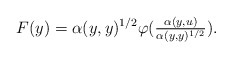
\begin{align*}F(y)=\alpha(y,y)^{1/2}\varphi(\tfrac{\alpha(y,u)}{\alpha(y,y)^{1/2}}).\end{align*}